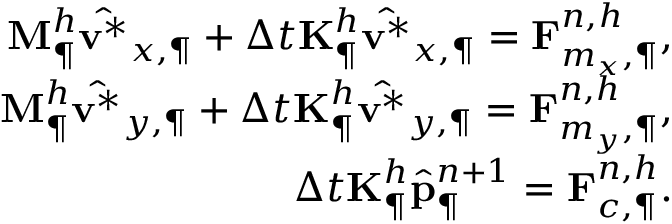
\begin{array} { r } { \mathbf { M } _ { \P } ^ { h } \hat { \mathbf { v } ^ { \ast } } _ { x , \P } + \Delta t \mathbf { K } _ { \P } ^ { h } \hat { \mathbf { v } ^ { \ast } } _ { x , \P } = \mathbf { F } _ { m _ { x } , \P } ^ { n , h } , } \\ { \mathbf { M } _ { \P } ^ { h } \hat { \mathbf { v } ^ { \ast } } _ { y , \P } + \Delta t \mathbf { K } _ { \P } ^ { h } \hat { \mathbf { v } ^ { \ast } } _ { y , \P } = \mathbf { F } _ { m _ { y } , \P } ^ { n , h } , } \\ { \Delta t \mathbf { K } _ { \P } ^ { h } \hat { \mathbf { p } } _ { \P } ^ { n + 1 } = \mathbf { F } _ { c , \P } ^ { n , h } . } \end{array}